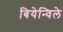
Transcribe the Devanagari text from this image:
बियेन्विले